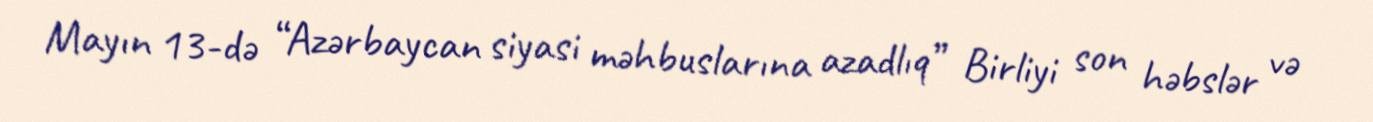
Mayın 13-də “Azərbaycan siyasi məhbuslarına azadlıq” Birliyi son həbslər və